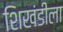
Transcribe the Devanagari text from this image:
शिखंडीला